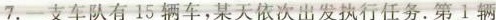
7.一支车队有15辆车，某天依次出发执行任务。第1辆